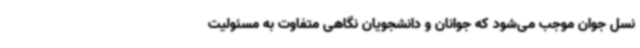
نسل جوان موجب می‌شود که جوانان و دانشجویان نگاهی متفاوت به مسئولیت